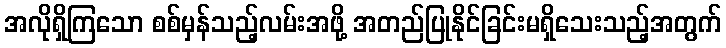
အလိုရှိကြသော စစ်မှန်သည့်လမ်းအဖို့ အတည်ပြုနိုင်ခြင်းမရှိသေးသည့်အတွက်